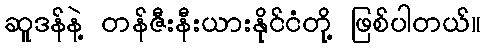
ဆူဒန်နဲ့ တန်ဇီးနီးယားနိုင်ငံတို့ ဖြစ်ပါတယ်။